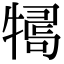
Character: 𤛒